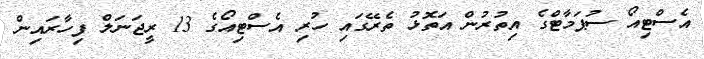
އެސްޓިއޯ ސުޕަމާޓްގެ އިތުރުން އަތޮޅު ތެރޭގައި ހުރި އެސްޓިއޯގެ 13 ރީޖަނަލް ފިހާރައިން